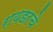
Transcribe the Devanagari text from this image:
रायडरचे